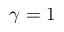
\gamma = 1